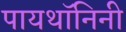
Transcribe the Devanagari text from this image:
पायथॉनिनी